Vaccination report Assam 1874-1896 - 1874-1896
Year: 1874
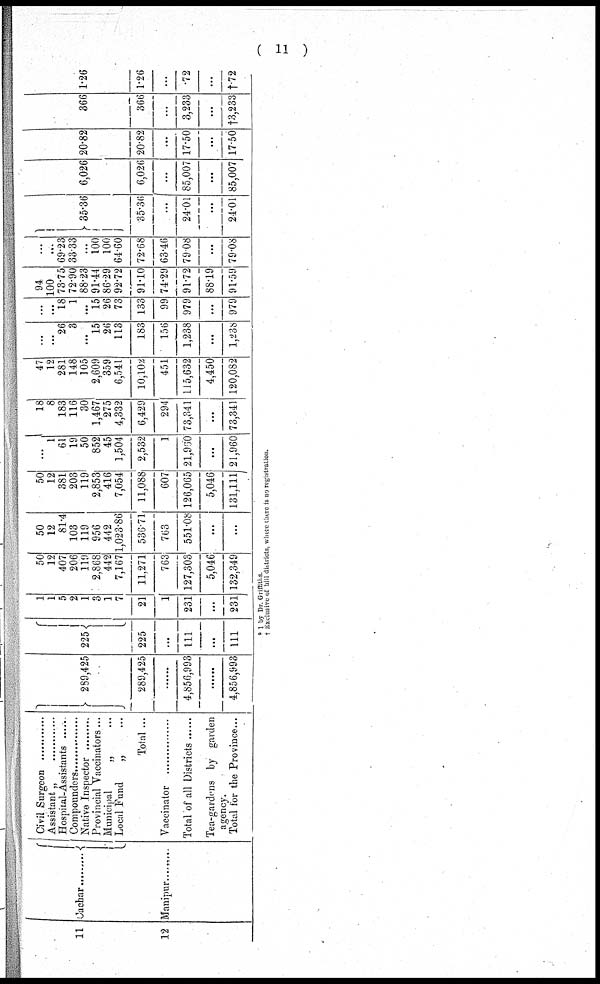
11
11
12
Cachar .........
Manipur.........
Civil Surgeon ..................
Assistant „ ..................
Hospital-Assistants ...............
Compounder .....................
Native Inspector ...............
Provincial Vaccinators...
Municipal
„ ...
Local Fund
„ ...
Total ...
Vaccinators .........
Total of all Districts ......
Tea-gardens by garden
agency.
Total for the Province...
289,425
289,425
......
4,856,993
......
4,856,993
225
225
...
111
...
111
1
1
5
2
1
3
1
7
21
1
231
...
231
50
12
407
206
119
2,868
442
7,167
11,271
763
127,303
5,046
132,349
50
12
81.4
103
119
956
442
1,023.86
536.71
763
551.08
...
...
50
12
381
203
119
2,853
416
7,054
11,088
607
126,065
5,046
131,111
...
1
61
19
50
852
45
1,504
2,532
1
21,960
...
21,960
18
8
183
116
30
1,467
275
4,332
6,429
294
73,341
...
73,341
47
12
281
148
105
2,609
359
6,541
10,102
451
115,632
4,450
120,082
...
...
26
3
...
15
26
113
183
156
1,238
...
1,238
...
...
18
1
...
15
26
73
133
99
979
...
979
94
100
73.75
72.90
88.23
91.44
86.29
92.72
91.10
74.29
91.72
88.19
91.59
...
...
69.23
33.33
...
100
100
64.60
72.68
63.46
79.08
...
79.08
35.36
35.36
...
24.01
...
24.01
6,026
6,026
...
85,007
...
85,007
20.82
20.82
...
17.50
...
17.50
366
366
...
3,233
...
†3,233
1.26
1.26
...
.72
...
†.72
* 1 by Dr Griffiths
† Exclusive of hill districts, where there is no registration.